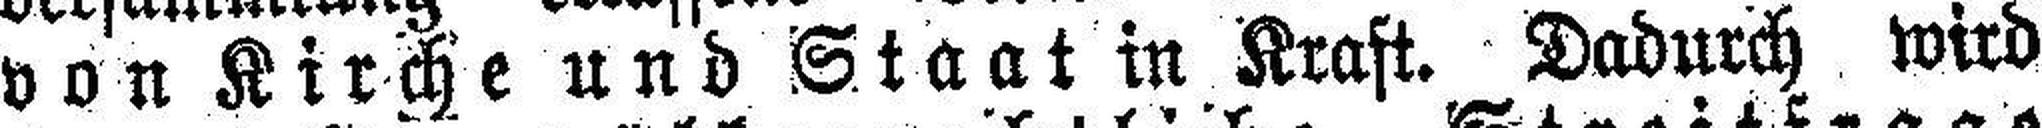
von Kirche und Staat in Kraft. Dadurch wird